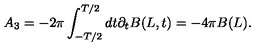
A _ { 3 } = - 2 \pi \int _ { - T / 2 } ^ { T / 2 } d t \partial _ { t } B ( L , t ) = - 4 \pi B ( L ) .